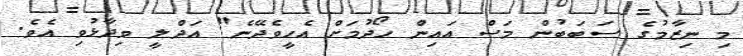
މި ނިޒާމުގެ ސަބަބުން މަސް އައިން ހޯދުމަށް އެހީވެދޭނެ" އަދްލީ ވިދާޅުވި އެވެ.